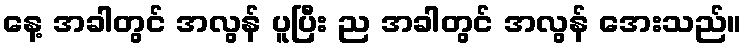
နေ့ အခါတွင် အလွန် ပူပြီး ည အခါတွင် အလွန် အေးသည်။